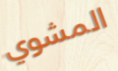
المشوي